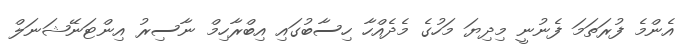
އެންމެ ފުރަތަމަ ފެނުނީ މިދިޔަ މަހުގެ މެދެއްހާ ހިސާބުގައި އިބްރާހިމް ނާސިރު އިންޓަނޭޝަނަލް